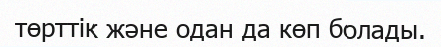
төрттік және одан да көп болады.